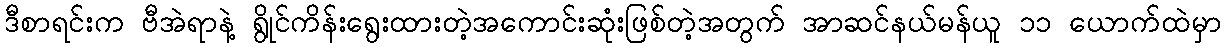
ဒီစာရင်းက ဗီအဲရာနဲ့ ရွိုင်ကိန်းရွေးထားတဲ့အကောင်းဆုံးဖြစ်တဲ့အတွက် အာဆင်နယ်မန်ယူ ၁၁ ယောက်ထဲမှာ